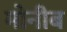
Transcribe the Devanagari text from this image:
मोनीब